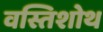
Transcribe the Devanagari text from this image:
वस्तिशोथ